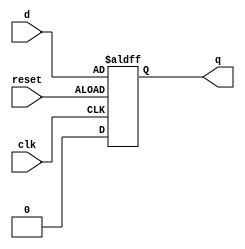
module DFF(clk, d, q, reset);
input d, clk, reset;
output q;
reg q;

always@(negedge clk or negedge reset)
	if(reset)
 		q <= 1'b0;
	else
		q <= d;

endmodule